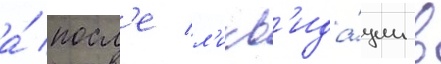
а́ посл'е л'икв'ида́ции в